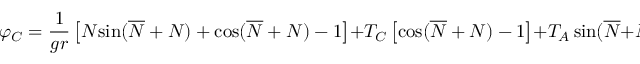
\varphi _ { C } = \frac { 1 } { g r } \left[ { \cal { N } } { \sin } ( \overline { { { \cal { N } } } } + { \cal { N } } ) + { \cos } ( \overline { { { \cal { N } } } } + { \cal { N } } ) - 1 \right] + { \cal T } _ { C } \left[ { \cos } ( \overline { { { \cal { N } } } } + { \cal { N } } ) - 1 \right] + { \cal T } _ { A } \, { \sin } ( \overline { { { \cal { N } } } } + { \cal { N } } ) .